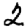
Digit: 2